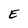
Character: E